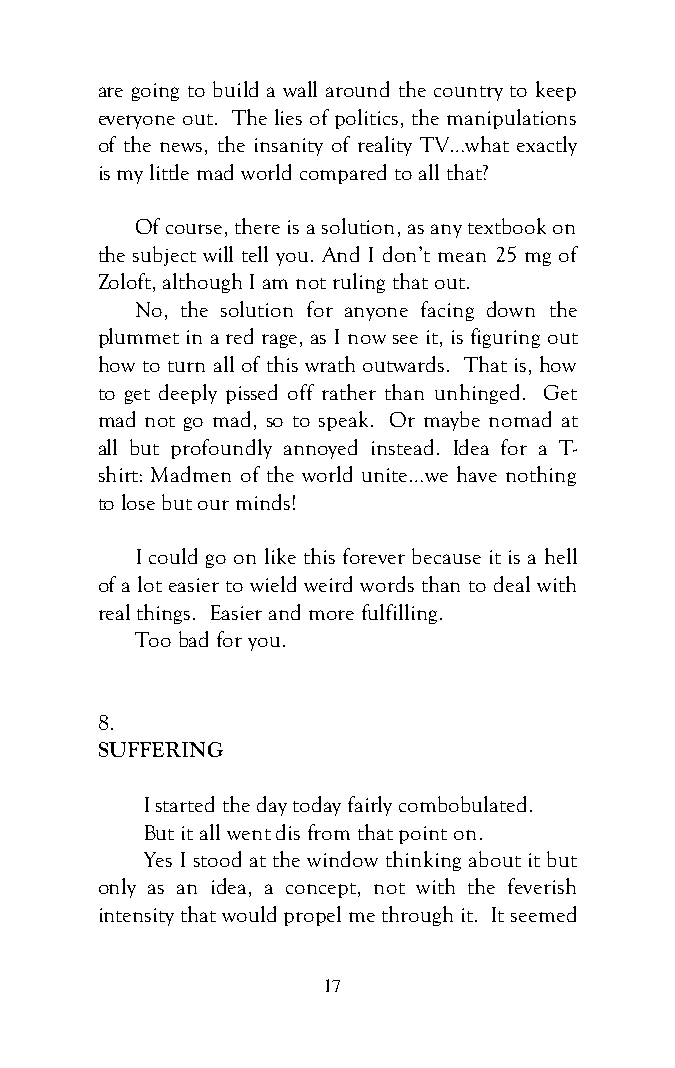
are going to build a wall around the country to keep
 everyone out. The lies of politics, the manipulations
 of the news, the insanity of reality TV…what exactly
 is my little mad world compared to all that?
 Of course, there is a solution, as any textbook on
 the subject will tell you. And I don’t mean 25 mg of
 Zoloft, although I am not ruling that out.
 No, the solution for anyone facing down the
 plummet in a red rage, as I now see it, is figuring out
 how to turn all of this wrath outwards. That is, how
 to get deeply pissed off rather than unhinged. Get
 mad not go mad, so to speak. Or maybe nomad at
 all but profoundly annoyed instead. Idea for a T-
 shirt: Madmen of the world unite…we have nothing
 to lose but our minds!
 I could go on like this forever because it is a hell
 of a lot easier to wield weird words than to deal with
 real things. Easier and more fulfilling.
 Too bad for you.
 8.
 SUFFERING
 I started the day today fairly combobulated.
 But it all went dis from that point on.
 Yes I stood at the window thinking about it but
 only as an idea, a concept, not with the feverish
 intensity that would propel me through it. It seemed
 17